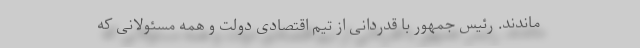
ماندند. رئیس جمهور با قدردانی از تیم اقتصادی دولت و همه مسئولانی که